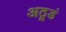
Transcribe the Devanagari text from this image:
अठूडं